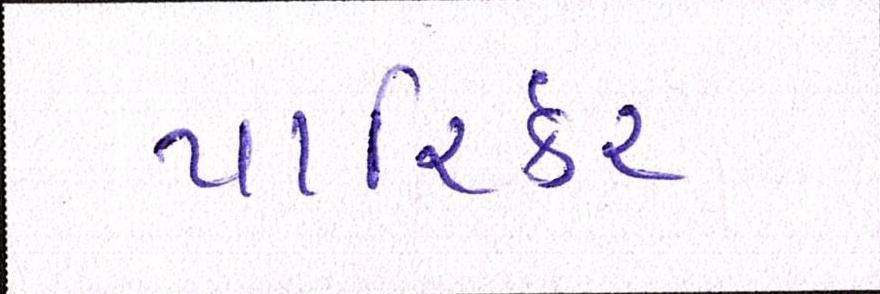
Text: પારિર્કર